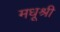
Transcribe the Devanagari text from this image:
मधूश्री